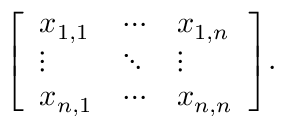
{ \left[ \begin{array} { l l l } { x _ { 1 , 1 } } & { \cdots } & { x _ { 1 , n } } \\ { \vdots } & { \ddots } & { \vdots } \\ { x _ { n , 1 } } & { \cdots } & { x _ { n , n } } \end{array} \right] } .